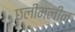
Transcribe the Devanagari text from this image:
छलीमलीन